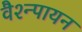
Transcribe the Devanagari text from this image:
वैश्न्पायन